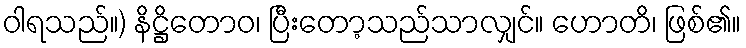
ဝါရသည်။) နိဋ္ဌိတောဝ၊ ပြီးတော့သည်သာလျှင်။ ဟောတိ၊ ဖြစ်၏။